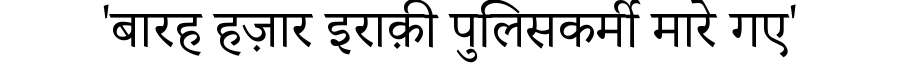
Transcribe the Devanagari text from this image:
'बारह हज़ार इराक़ी पुलिसकर्मी मारे गए'